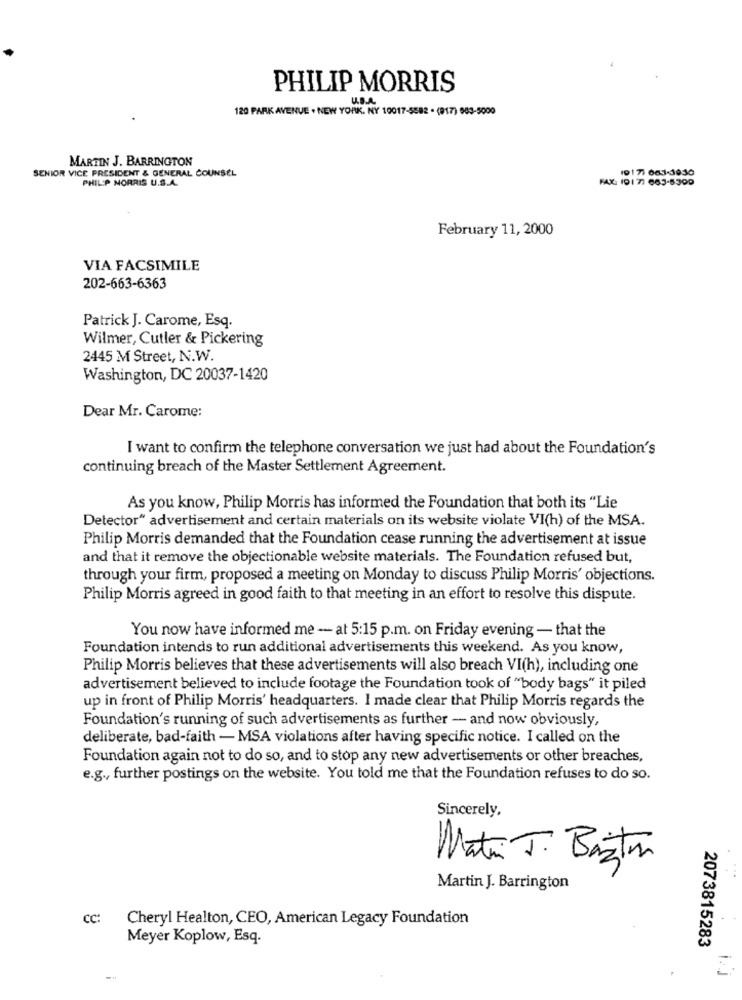
PHILIP MORRIS
U.S.A.
120 PARK AVENUE . NEW YORK, NY 10017-5582 . (917) 683-5000
MARTIN J. BARRINGTON
SENIOR VICE PRESIDENT & GENERAL COUNSEL
17: 06J-3930
PHILIP NORRIS U.S.A.
February 11, 2000
VIA FACSIMILE
202-663-6363
Patrick J. Carome, Esq.
Wilmer, Cutler & Pickering
2445 M Street, N.W.
Washington, DC 20037-1420
Dear Mr. Carome:
I want to confirm the telephone conversation we just had about the Foundation's
continuing breach of the Master Settlement Agreement.
As you know, Philip Morris has informed the Foundation that both its "Lie
Detector" advertisement and certain materials on its website violate VI(h) of the MSA.
Philip Morris demanded that the Foundation cease running the advertisement at issue
and that it remove the objectionable website materials. The Foundation refused but,
through your firm, proposed a meeting on Monday to discuss Philip Morris' objections.
Philip Morris agreed in good faith to that meeting in an effort to resolve this dispute.
You now have informed me - at 5:15 p.m. on Friday evening - that the
Foundation intends to run additional advertisements this weekend. As you know,
Philip Morris believes that these advertisements will also breach VI(h), including one
advertisement believed to include footage the Foundation took of "body bags" it piled
up in front of Philip Morris' headquarters. I made clear that Philip Morris regards the
Foundation's running of such advertisements as further - and now obviously,
deliberate, bad-faith - MSA violations after having specific notice. I called on the
Foundation again not to do so, and to stop any new advertisements or other breaches,
e.g ., further postings on the website. You told me that the Foundation refuses to do so.
Sincerely,
Matin J. Basti
Martin J. Barrington
cc:
Cheryl Healton, CEO, American Legacy Foundation
Meyer Koplow, Esq.
2073815283